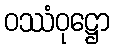
ဝဿံဝုဋ္ဌော